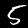
Digit: 5